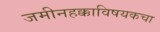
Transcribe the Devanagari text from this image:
जमीनहक्काविषयकचा